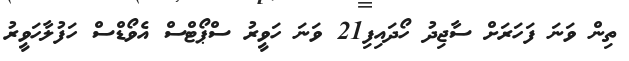
ތިން ވަނަ ފަހަރަށް ސާޖިދު ހޯދައިފި21 ވަނަ ހަވީރު ސްޕޯޓްސް އެވޯޑްސް ހަފުލާހަވީރު